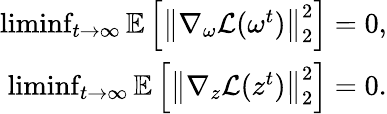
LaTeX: \begin{array}{r}{\operatorname*{liminf}_{t\rightarrow\infty}\mathbb{E}\left[\left\| \nabla_{\omega}\mathcal{L}(\omega^{t})\right\| _{2}^{2}\right]=0,}\\ {\operatorname*{liminf}_{t\rightarrow\infty}\mathbb{E}\left[\left\| \nabla_{z}\mathcal{L}(z^{t})\right\| _{2}^{2}\right]=0.}\end{array}